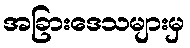
အခြားဒေသများမှ